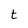
Character: t